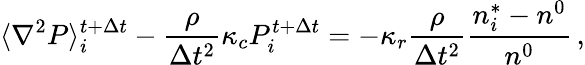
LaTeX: \langle\nabla^{2}P\rangle_{i}^{t+\Delta t}-\frac{\rho}{\Delta t^{2}}\kappa_{c}P_{i}^{t+\Delta t}=-\kappa_{r}\frac{\rho}{\Delta t^{2}}\frac{n_{i}^{*}-n^{0}}{n^{0}}\, ,